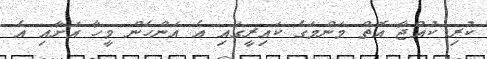
ކުރި ކުއްޖާ އޮތް މަންމަގެ ކައިރީގައި އެ އަންހެން މީހާ އަށާއި އެ